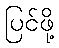
ပြင်ဖို့